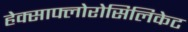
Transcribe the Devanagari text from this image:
हेक्साफ्लोरोसिलिकेट